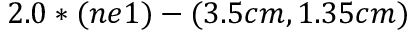
2 . 0 * ( n e 1 ) - ( 3 . 5 c m , 1 . 3 5 c m )